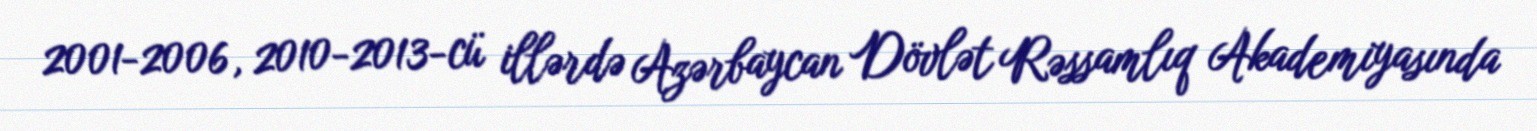
2001-2006, 2010-2013-cü illərdə Azərbaycan Dövlət Rəssamlıq Akademiyasında